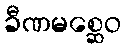
ခီဏမစ္ဆေဝ